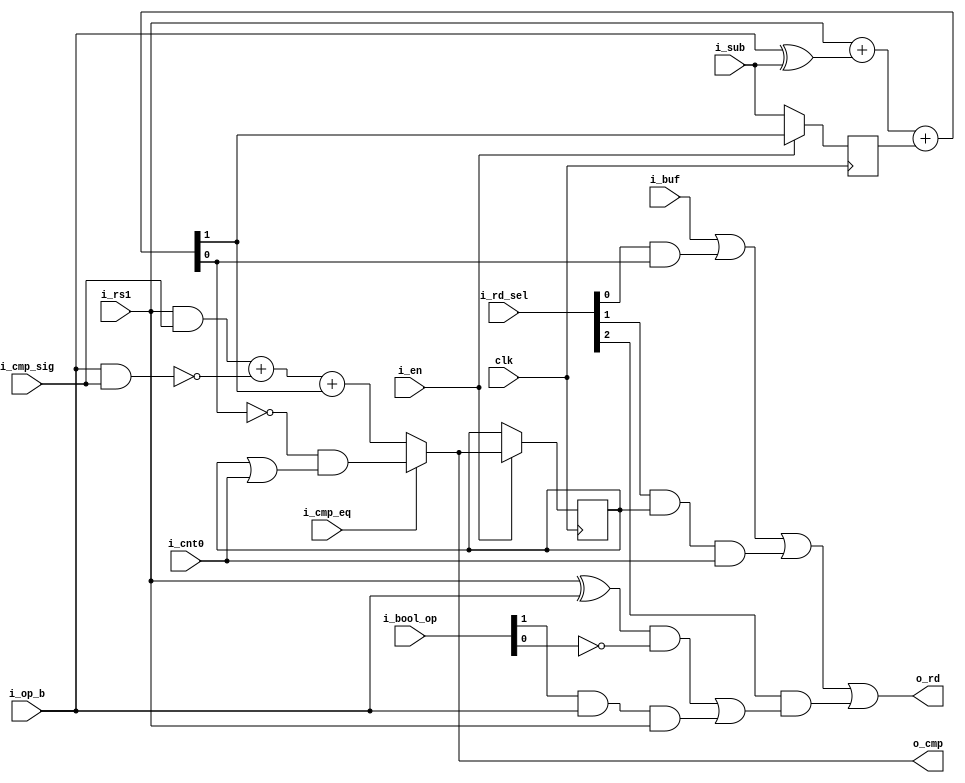
`default_nettype none
module serv_alu
  (
   input wire 	    clk,
   //State
   input wire 	    i_en,
   input wire 	    i_cnt0,
   output wire 	    o_cmp,
   //Control
   input wire 	    i_sub,
   input wire [1:0] i_bool_op,
   input wire 	    i_cmp_eq,
   input wire 	    i_cmp_sig,
   input wire [2:0] i_rd_sel,
   //Data
   input wire 	    i_rs1,
   input wire 	    i_op_b,
   input wire 	    i_buf,
   output wire 	    o_rd);

   wire        result_add;

   reg 	       cmp_r;

   wire        add_cy;
   reg 	       add_cy_r;

   //Sign-extended operands
   wire rs1_sx  = i_rs1 & i_cmp_sig;
   wire op_b_sx = i_op_b  & i_cmp_sig;

   wire add_b = i_op_b^i_sub;

   assign {add_cy,result_add}   = i_rs1+add_b+add_cy_r;

   wire result_lt = rs1_sx + ~op_b_sx + add_cy;

   wire result_eq = !result_add & (cmp_r | i_cnt0);

   assign o_cmp = i_cmp_eq ? result_eq : result_lt;

   /*
    The result_bool expression implements the following operations between
    i_rs1 and i_op_b depending on the value of i_bool_op

    00 xor
    01 0
    10 or
    11 and

    i_bool_op will be 01 during shift operations, so by outputting zero under
    this condition we can safely or result_bool with i_buf
    */
   wire result_bool = ((i_rs1 ^ i_op_b) & ~ i_bool_op[0]) | (i_bool_op[1] & i_op_b & i_rs1);

   assign o_rd = i_buf |
                 (i_rd_sel[0] & result_add) |
                 (i_rd_sel[1] & cmp_r & i_cnt0) |
                 (i_rd_sel[2] & result_bool);

   always @(posedge clk) begin
      add_cy_r <= i_en ? add_cy : i_sub;

      if (i_en)
	cmp_r <= o_cmp;
   end

endmodule